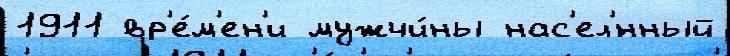
1911 вр'е́м'ен'и мужчи́ны нас'ел'́нный